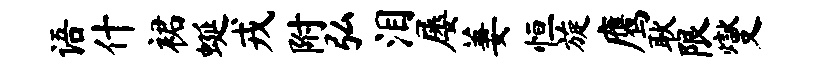
语什裙蜒戎附弘泪屡萋恒旋鹰耿限燮